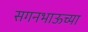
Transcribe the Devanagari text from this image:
सगनभाऊच्या